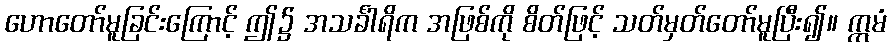
ဟောတော်မူခြင်းကြောင့် ဤ၌ အသင်္ခါရိက အဖြစ်ကို စိတ်ဖြင့် သတ်မှတ်တော်မူပြီး၍။ ဣမံ